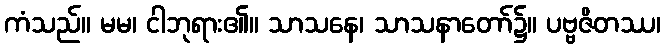
ကံသည်။ မမ၊ ငါဘုရား၏။ သာသနေ၊ သာသနာတော်၌။ ပဗ္ဗဇိတဿ၊